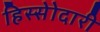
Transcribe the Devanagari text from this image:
हिस्सेोदारी